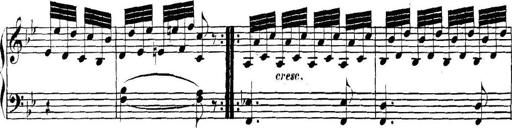
Title: Collected Piano Sonatas
Composer: Muzio Clementi